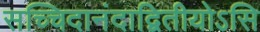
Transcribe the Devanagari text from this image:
सच्चिदानंदाद्वितीयोऽसि